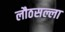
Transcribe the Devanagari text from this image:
लौठसल्ला